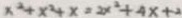
x ^ { 2 } + x ^ { 2 } + x = 2 x ^ { 2 } + 4 x + 2